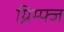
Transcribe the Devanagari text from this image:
ग्निम्फ्ज